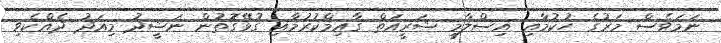
ނަމަވެސް މަރުގެ ހުކުމާއި އިސްލާމީ ޝަރީއަތް ގާއިމްކުރުމާއި ގުޅޭގޮތުން ނަޝީދު މިއަދު ދެއްކެވި